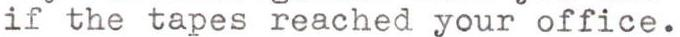
if the tapes reached your office.